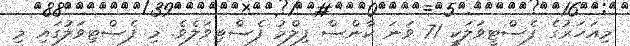
މިއަހަރުގެ ފެސްޓީވަލަކީ 71 ވަނަ ކާންސް ފިލްމު ފެސްޓިވަލެވެ. މި ފެސްޓިވަލުގައި މި